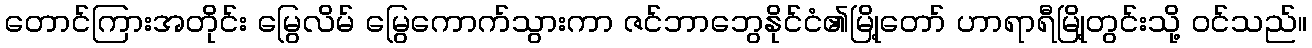
တောင်ကြားအတိုင်း မြွေလိမ် မြွေကောက်သွားကာ ဇင်ဘာဘွေနိုင်ငံ၏မြို့တော် ဟာရာရီမြို့တွင်းသို့ ဝင်သည်။